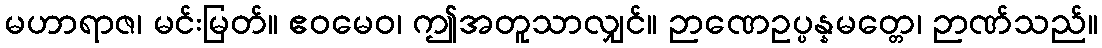
မဟာရာဇ၊ မင်းမြတ်။ ဧဝမေဝ၊ ဤအတူသာလျှင်။ ဉာဏေဥပ္ပန္နမတ္တေ၊ ဉာဏ်သည်။